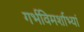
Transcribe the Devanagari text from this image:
गर्भविमर्शाभ्यां